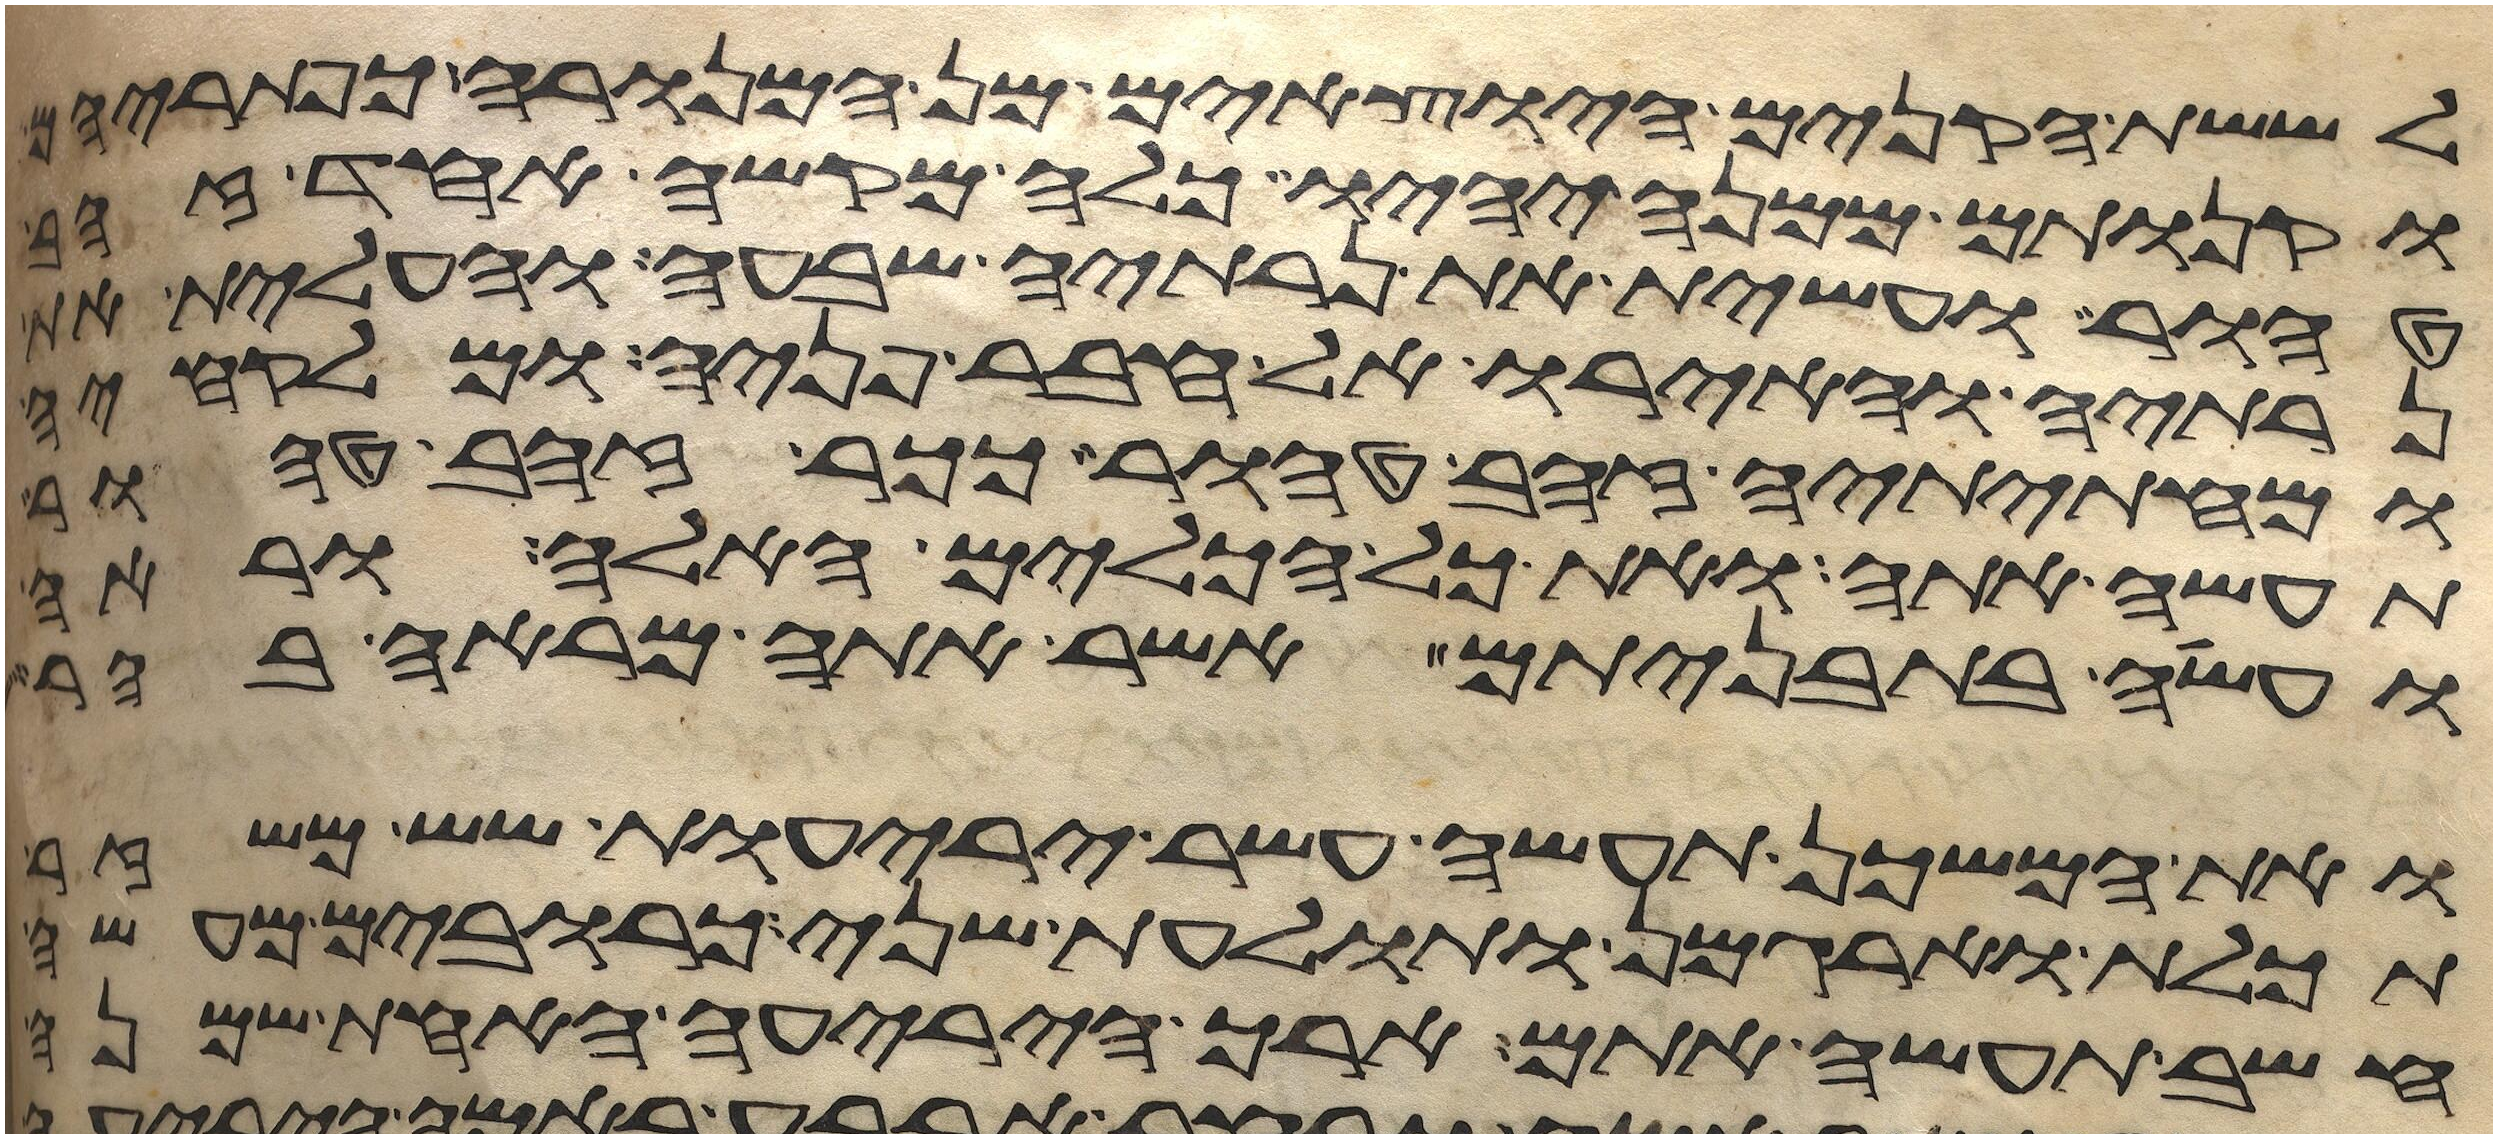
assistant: לששת הקנים היוצאים מן המנורה כפתריהם
וקנותם ממנה יהיו כלה מקשה אחד זהב
טהור ועשית את נרתיה שבעה והעלית את
נרתיה והאירו אל עבר פניה ומלקחיה
ומחתיתיה זהב טהור ככר זהב טהור
תעשה אתה ואת כל הכלים האלה וראה
ועשה בתבניתם אשר אתה מראה בהר
ואת המשכן תעשה עשר יריעות שש משזר
תכלת וארגמן ותולעת שני כרובים מעשה
חשב תעשה אתם ארך היריעה האחת שמנה